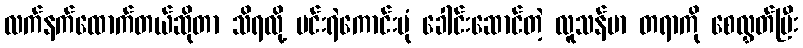
လက်နက်ထောက်တယ်ဆိုတာ သိရလို့ မင်းရဲကောင်းပုံ ခေါင်းဆောင်တဲ့ လူသန်မာ တရာကို စေလွှတ်ပြီး